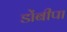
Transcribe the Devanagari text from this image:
डोंबीपा